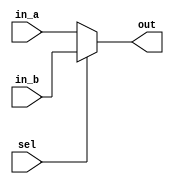
module mux_5(
input [4:0] in_a, in_b,
input sel,
output [4:0] out
);
    assign out = sel ? in_b : in_a;
endmodule